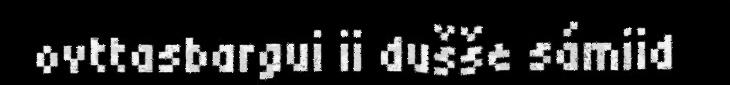
ovttasbargui ii dušše sámiid